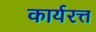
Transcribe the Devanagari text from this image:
कार्यरत्त